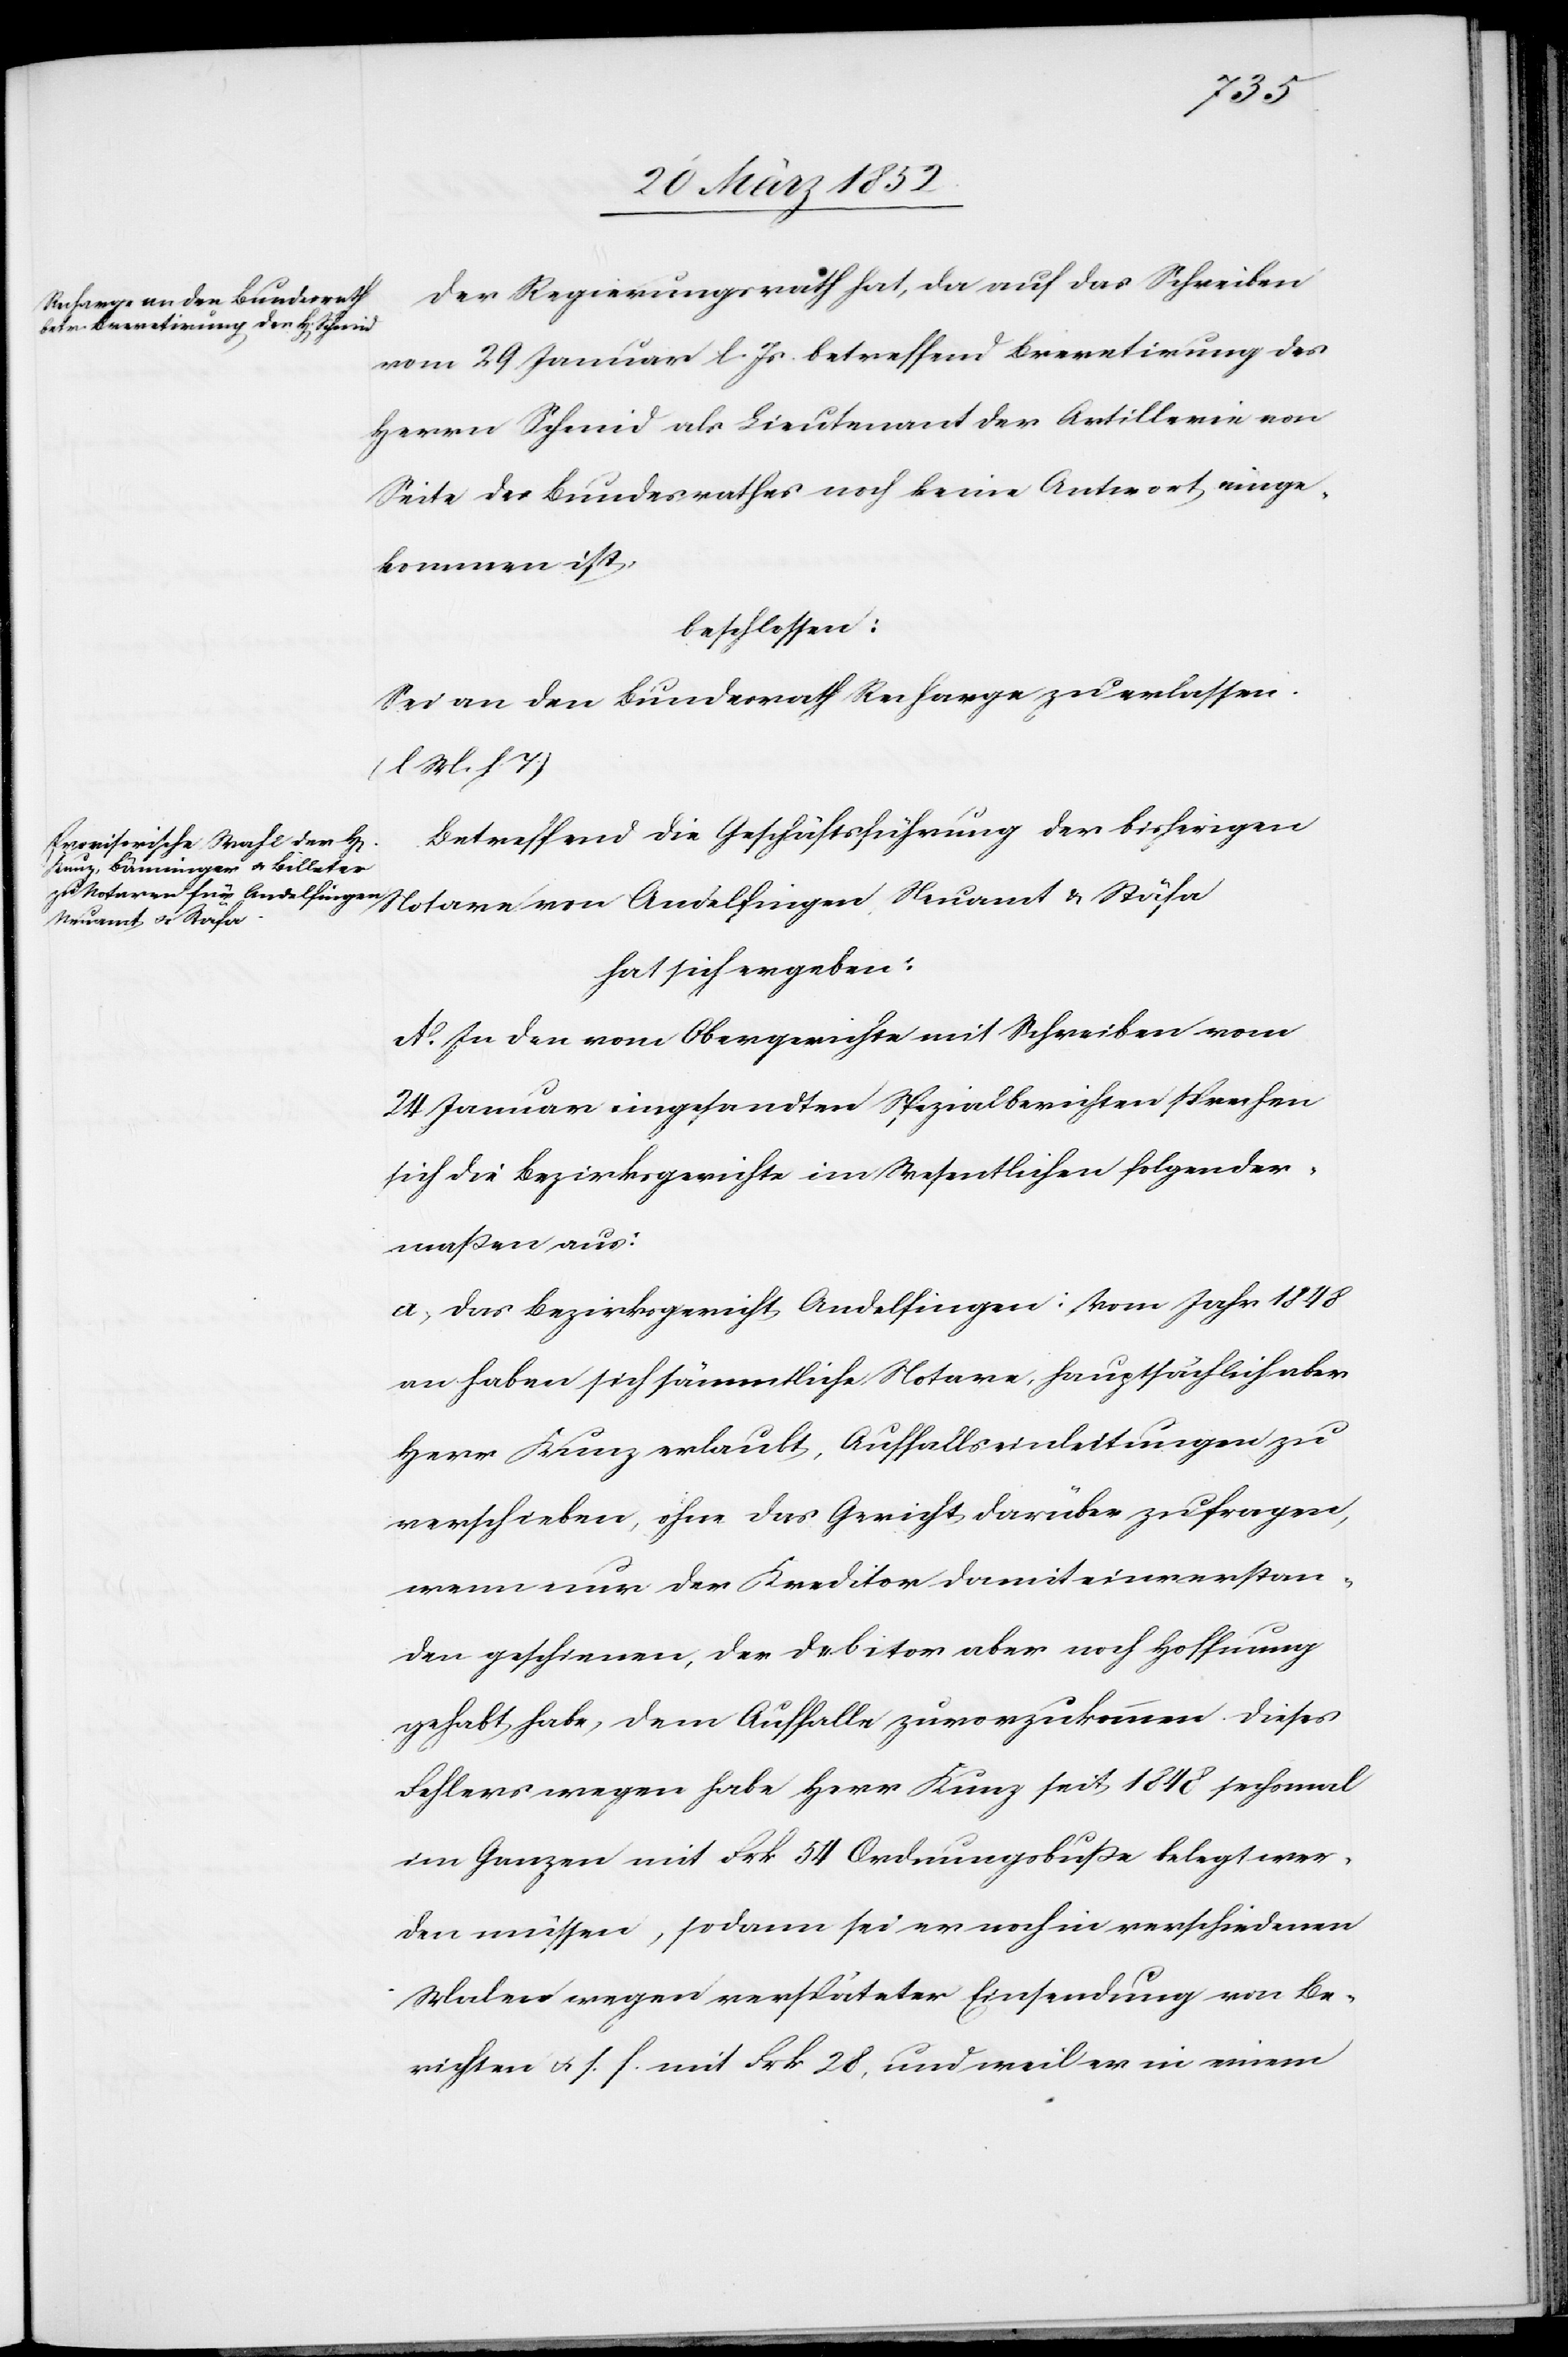
Notare
Der Regierungsrath hat, da auf das Schreiben
vom 29 Januar l. Js betreffend Brevetirung des
Herrn Schmid als Lieutenant der Artillerie von
Seite des Bundesrathes noch keine Antwort einge¬
kommen ist,
beschlossen:
Sei an den Bundesrath Recharge zu erlassen.
(l M. h. T.)
Betreffend die Geschäftsführung der bisherigen
Neuamt u. Stäfa
hat sich ergeben:
A. In den vom Obergerichte mit Schreiben vom
24 Januar eingesandten Spezialberichten sprechen
sich die Bezirksgerichte im Wesentlichen folgender¬
maßen aus:
a) Das Bezirksgericht Andelfingen: Vom Jahr 1848
an haben sich sämmtliche Notare, hauptsächlich aber
Herr Kunz erlaubt, Auffallseinleitungen zu
verschieben, ohne das Gericht darüber zu fragen,
wenn nur der Kreditor damit einverstan¬
den geschienen, der Debitor aber noch Hoffnung
gehabt habe, dem Auffalle zuvorzukommen. Dieses
Fehlers wegen habe Herr Kunz seit 1848 sechsmal
im Ganzen mit Frk. 54 Ordnungsbuße belegt wer¬
den müssen, sodann sei er noch in verschiedenen
Malen wegen verspäteter Einsendung von Be¬
richten u. s. f. mit Frk. 28, und weil er in einem